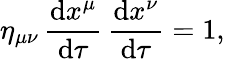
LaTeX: \eta_{\mu\nu}\, \frac{\mathrm{d}x^{\mu}}{\mathrm{d}\tau}\, \frac{\mathrm{d}x^{\nu}}{\mathrm{d}\tau}=1,